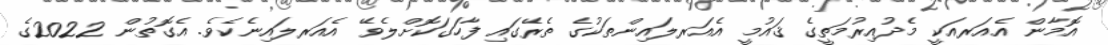
އޮމާން އެއަރއަކީ މެދުއިރުމަތީގެ ޤައުމީ އެއަރލައިންތަކުގެ ތެރޭގައި ފާހަގަކޮށްލެވޭ އެއަރލައިނެކެވެ. އެގޮތުން 2022ގެ